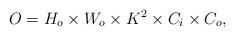
LaTeX: \begin{align*}O_{} = H_{o} \times W_{o} \times K^{2} \times C_{i} \times C_{o},\end{align*}